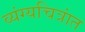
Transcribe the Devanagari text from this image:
व्यंग्यचित्रांत